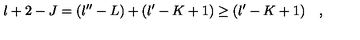
l + 2 - J = ( l ^ { \prime \prime } - L ) + ( l ^ { \prime } - K + 1 ) \geq ( l ^ { \prime } - K + 1 ) \quad ,